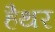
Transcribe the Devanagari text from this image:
हैथर